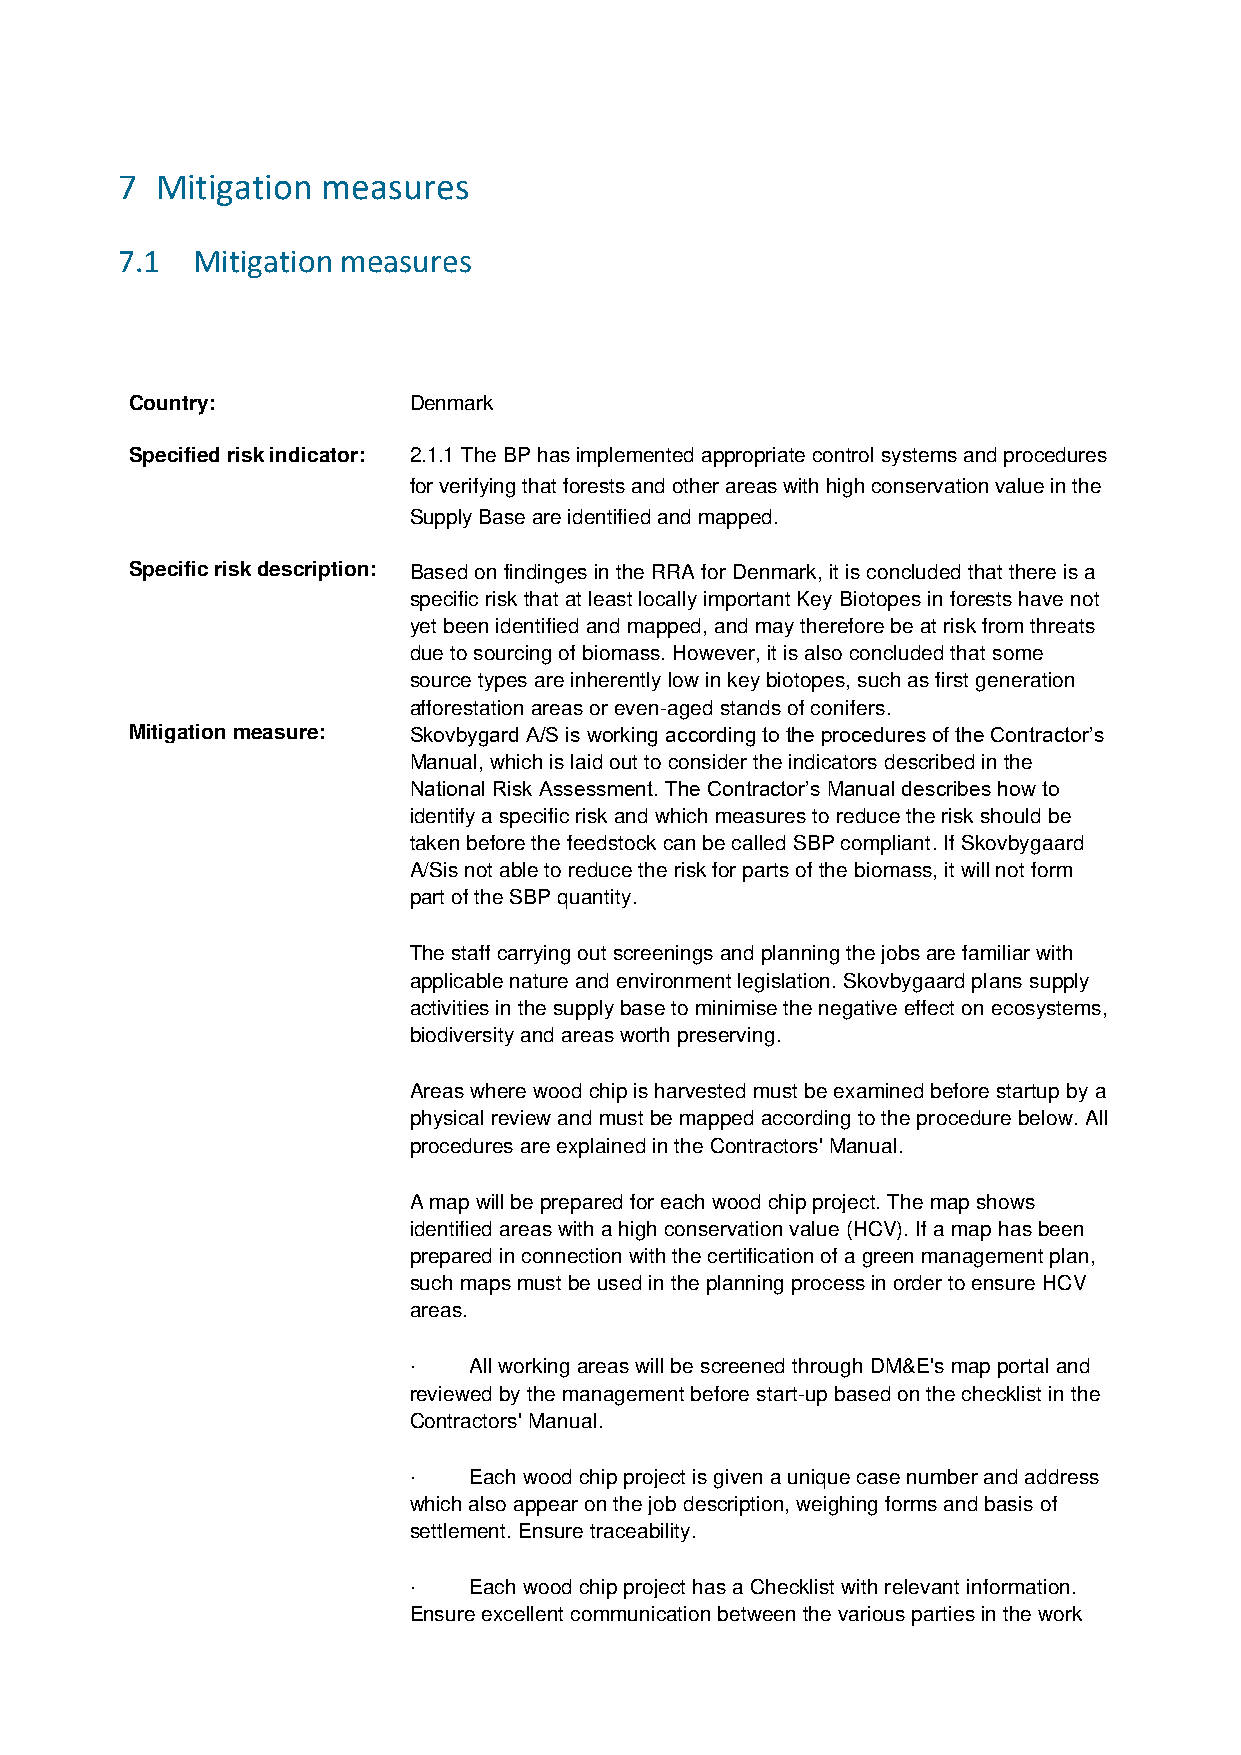
7 Mitigation measures
 7.1  Mitigation measures
 Country:          Denmark
 Specified risk indicator: 2.1.1 The BP has implemented appropriate control systems and procedures
 for verifying that forests and other areas with high conservation value in the
 Supply Base are identified and mapped.
 Specific risk description: Based on findinges in the RRA for Denmark, it is concluded that there is a
 specific risk that at least locally important Key Biotopes in forests have not
 yet been identified and mapped, and may therefore be at risk from threats
 due to sourcing of biomass. However, it is also concluded that some
 source types are inherently low in key biotopes, such as first generation
 afforestation areas or even-aged stands of conifers.
 Mitigation measure: Skovbygard A/S is working according to the procedures of the Contractor’s
 Manual, which is laid out to consider the indicators described in the
 National Risk Assessment. The Contractor’s Manual describes how to
 identify a specific risk and which measures to reduce the risk should be
 taken before the feedstock can be called SBP compliant. If Skovbygaard
 A/Sis not able to reduce the risk for parts of the biomass, it will not form
 part of the SBP quantity.
 The staff carrying out screenings and planning the jobs are familiar with
 applicable nature and environment legislation. Skovbygaard plans supply
 activities in the supply base to minimise the negative effect on ecosystems,
 biodiversity and areas worth preserving.
 Areas where wood chip is harvested must be examined before startup by a
 physical review and must be mapped according to the procedure below. All
 procedures are explained in the Contractors' Manual.
 A map will be prepared for each wood chip project. The map shows
 identified areas with a high conservation value (HCV). If a map has been
 prepared in connection with the certification of a green management plan,
 such maps must be used in the planning process in order to ensure HCV
 areas.
 ·   All working areas will be screened through DM&E's map portal and
 reviewed by the management before start-up based on the checklist in the
 Contractors' Manual.
 ·   Each wood chip project is given a unique case number and address
 which also appear on the job description, weighing forms and basis of
 settlement. Ensure traceability.
 ·   Each wood chip project has a Checklist with relevant information.
 Ensure excellent communication between the various parties in the work